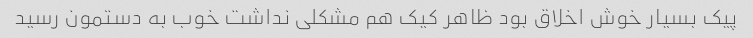
پیک بسیار خوش اخلاق بود ظاهر کیک هم مشکلی نداشت خوب به دستمون رسید